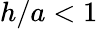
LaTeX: h/a<1